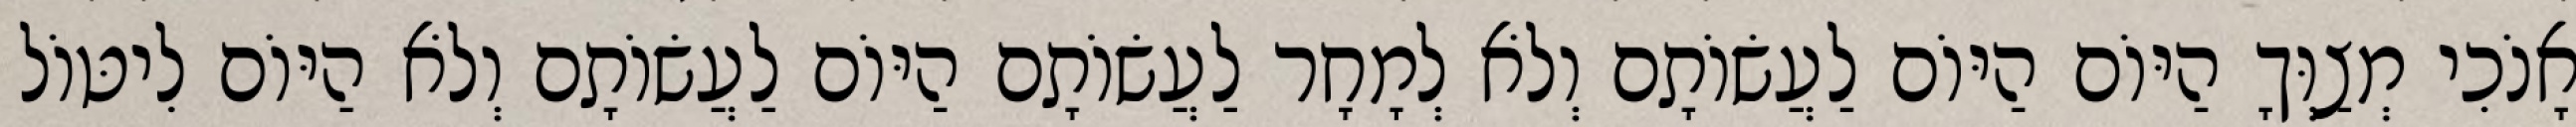
אָנֹכִי מְצַוְּךָ הַיּוֹם הַיּוֹם לַעֲשׂוֹתָם וְלֹא לְמָחָר לַעֲשׂוֹתָם הַיּוֹם לַעֲשׂוֹתָם וְלֹא הַיּוֹם לִיטּוֹל